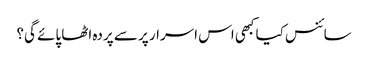
سائنس کیا کبھی اس اسرار پر سے پردہ اٹھا پائے گی؟